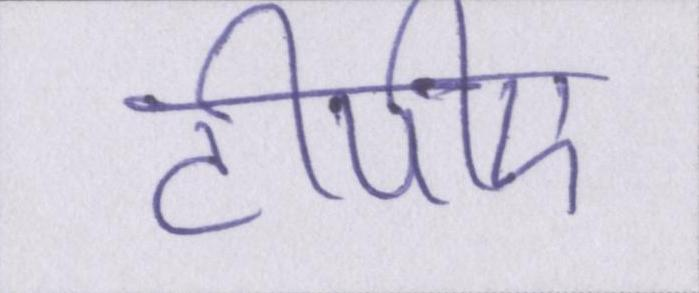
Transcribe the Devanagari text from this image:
टीपीए